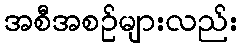
အစီအစဉ်များလည်း